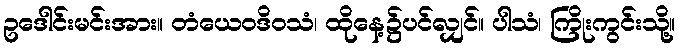
ဥဒေါင်းမင်းအား။ တံယေဝဒိဝသံ၊ ထိုနေ့၌ပင်လျှင်။ ပါသံ၊ ကြိုးကွင်းသို့။